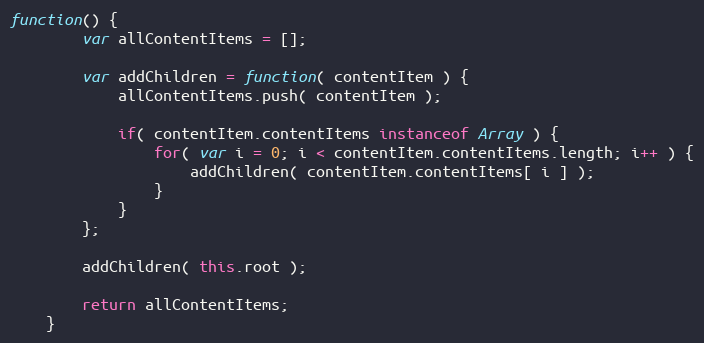
Language: JavaScript
function() {
		var allContentItems = [];

		var addChildren = function( contentItem ) {
			allContentItems.push( contentItem );

			if( contentItem.contentItems instanceof Array ) {
				for( var i = 0; i < contentItem.contentItems.length; i++ ) {
					addChildren( contentItem.contentItems[ i ] );
				}
			}
		};

		addChildren( this.root );

		return allContentItems;
	}